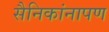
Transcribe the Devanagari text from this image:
सैनिकांनापण